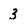
Character: 3